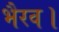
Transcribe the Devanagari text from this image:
भैरव।